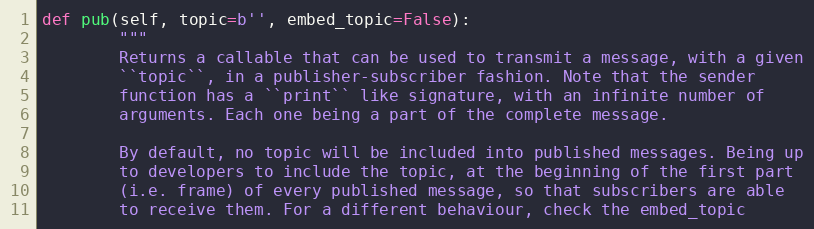
Language: Python
def pub(self, topic=b'', embed_topic=False):
        """
        Returns a callable that can be used to transmit a message, with a given
        ``topic``, in a publisher-subscriber fashion. Note that the sender
        function has a ``print`` like signature, with an infinite number of
        arguments. Each one being a part of the complete message.

        By default, no topic will be included into published messages. Being up
        to developers to include the topic, at the beginning of the first part
        (i.e. frame) of every published message, so that subscribers are able
        to receive them. For a different behaviour, check the embed_topic